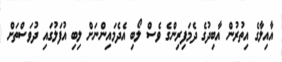
އާއިލާގެ އިތުރުން އާބިދުގެ ދެމަފިރިންގެ ވެސް ލޯބި އެދެމައިންނަށް ލިބި އުފަލުގައި ދުވަސްތަށް